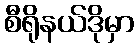
စီရိုနယ်ဒိုမှာ